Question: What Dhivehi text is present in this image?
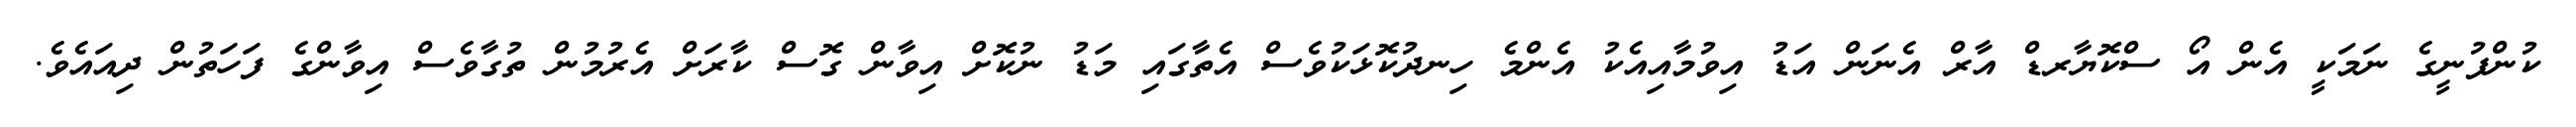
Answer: ކުންފުނީގެ ނަމަކީ އެން އޯ ސްކޮޔާރޑް އާރް އެނަން އަޑު އިވުމާއިއެކު އެންމެ ހިނދުކޮޅަކުވެސް އެތާގައި މަޑު ނުކޮށް އިވާން ގޮސް ކާރަށް އެރުމުން ތުގާވެސް އިވާންގެ ފަހަތުން ދިއައެވެ.